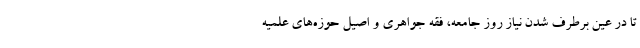
تا در عین برطرف شدن نیاز روز جامعه، فقه جواهری و اصیل حوزه‌های علمیه